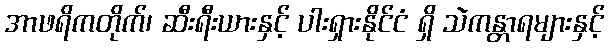
အာဖရိကတိုက်၊ ဆီးရီးယားနှင့် ပါးရှားနိုင်ငံ ရှိ သဲကန္တာရများနှင့်